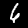
Digit: 6